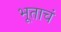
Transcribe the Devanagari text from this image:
भूताचं